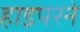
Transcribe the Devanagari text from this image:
हाइपरने